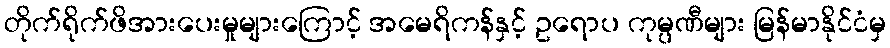
တိုက်ရိုက်ဖိအားပေးမှုများကြောင့် အမေရိကန်နှင့် ဥရောပ ကုမ္ပဏီများ မြန်မာနိုင်ငံမှ